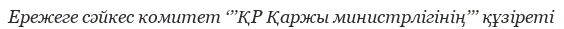
Ережеге сәйкес комитет ‘’’ҚР Қаржы министрлігінің’’’ құзіреті